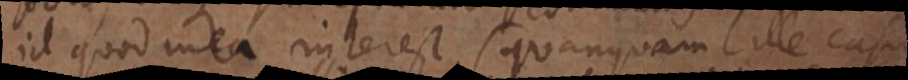
id quod mea interest (quanquam ille casus